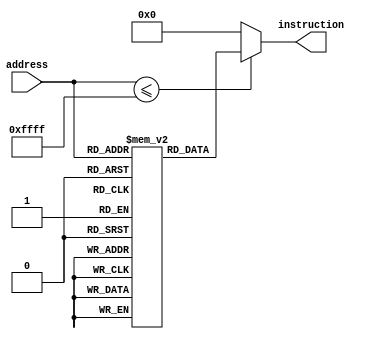
module instruction_memory( address , instruction );

    input [15:0] address;
    output [31:0] instruction;
    reg [31:0] mem [65535:0];
    initial begin
//s0 is n, s1 is the base address of the array , s2 stores i, s3 stores j, s4 stores temp

        mem[0]=32'b001100_10000_00000_00000_00000_000000;//loads data stored in address located at t0 and stores the data in s0
        mem[1]=32'b000001_00001_10000_00000_00000_000000;//subtracts one from s0 and stores in t1
        mem[2]=32'b001110_00000_00001_10010_00000_010100;//if value stored in t1 and s2 are equal, the jumps to location 19, ie, the end
        mem[3]=32'b000001_00010_10000_10010_00000_000000;//subtracts s2 from s0 and stores in t2
        mem[4]=32'b000001_00011_00010_00000_00000_000001;//subtracts one from t2 and stores in t3
        mem[5]=32'b001100_10011_01010_00000_00000_000000;//loads data stored in address located at t10 and stores the data in s3
        mem[6]=32'b001110_00000_10011_00011_00000_010010;//if value stored in s3 and t3 are equal, then jumps to instruction 17
        mem[7]=32'b000100_00100_10011_00000_00000_000000;//moves the value of s3 to t4
        mem[8]=32'b000000_00100_00100_10001_00000_000000;//adds value of t4 and s1 and stores the result in t4
        mem[9]=32'b000100_00101_00100_00000_00000_000001;//adds 1 to t4 and stores the result in t5
        mem[10]=32'b001100_00110_00100_00000_00000_000000;//loads the value stored in address located in t4 and stores the result in t6
        mem[11]=32'b001100_00111_00101_00000_00000_000000;//loads the value stored in address located in t5 and stores the result in t7
        mem[12]=32'b010011_00000_00110_00111_00000_010000;//jumps to instruction 15 if the value stored in t6 is less than or equal to the value stored in t7
        mem[13]=32'b000100_10100_00110_00000_00000_000000;//moves t6 to s4
        mem[14]=32'b001101_00000_00111_00100_00000_000000;//stores data stored in register t7 in memory with address in register t4
        mem[15]=32'b001101_00000_10100_00101_00000_000000;//stores data stored in register s4 in memory with address stored in register t5
        mem[16]=32'b000100_10011_10011_00000_00000_000001;//adds one to register s3
        mem[17]=32'b010100_00000_00000_00000_00000_000110;//jumps to ikstruction 5
        mem[18]=32'b000100_10010_10010_00000_00000_000001;//adds one to s2
        mem[19]=32'b010100_00000_00000_00000_00000_000010;//jumps to instruction 1
        mem[20]=32'b010100_00000_00000_00000_00000_010100;//jumps to instruction 20



    end
    assign instruction=(address<=65535)?mem[address]:0;
    // assign instruction = mem[address];


endmodule